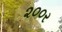
૨૦૦ર